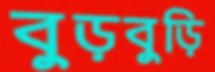
বুড়বুড়ি